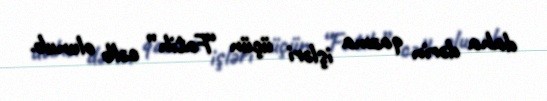
daha dərin qazma işləri üçün “Fatih” cəlb olunub.